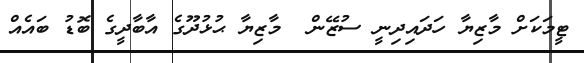
ޓީމަކަށް މާޒިޔާ ހަދައިދިނީ ސުޒޭން  މާޒިޔާ ޙުޅުދޫގެ އާބާދީގެ ބޮޑު ބައެއް